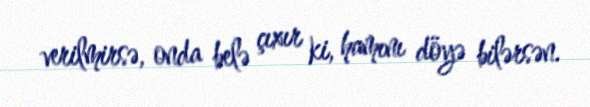
verilmirsə, onda belə çıxır ki, hamını döyə bilərsən.